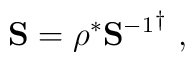
{\bf S}=\rho^{*}{{\bf S}^{-1}}^{\dagger} \,\,,